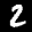
Label: 2